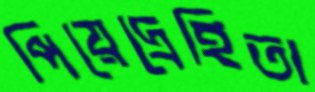
পিয়েদ্রেহিতা